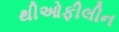
થીઓફીલીન